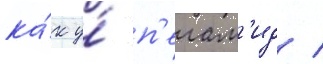
ка́к у́ п'елам'ид /